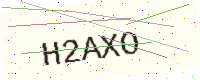
Text: H2AXO